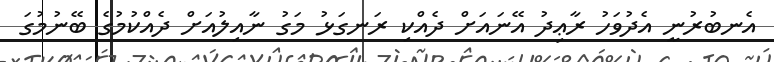
އެނބުރުނީ އެދުވަހު ރާޢިދު އޭނައަށް ދެއްކި ރަނގަޅު މަގު ނާއިލުއަށް ދެއްކުމުގެ ބޭނުމުގަ